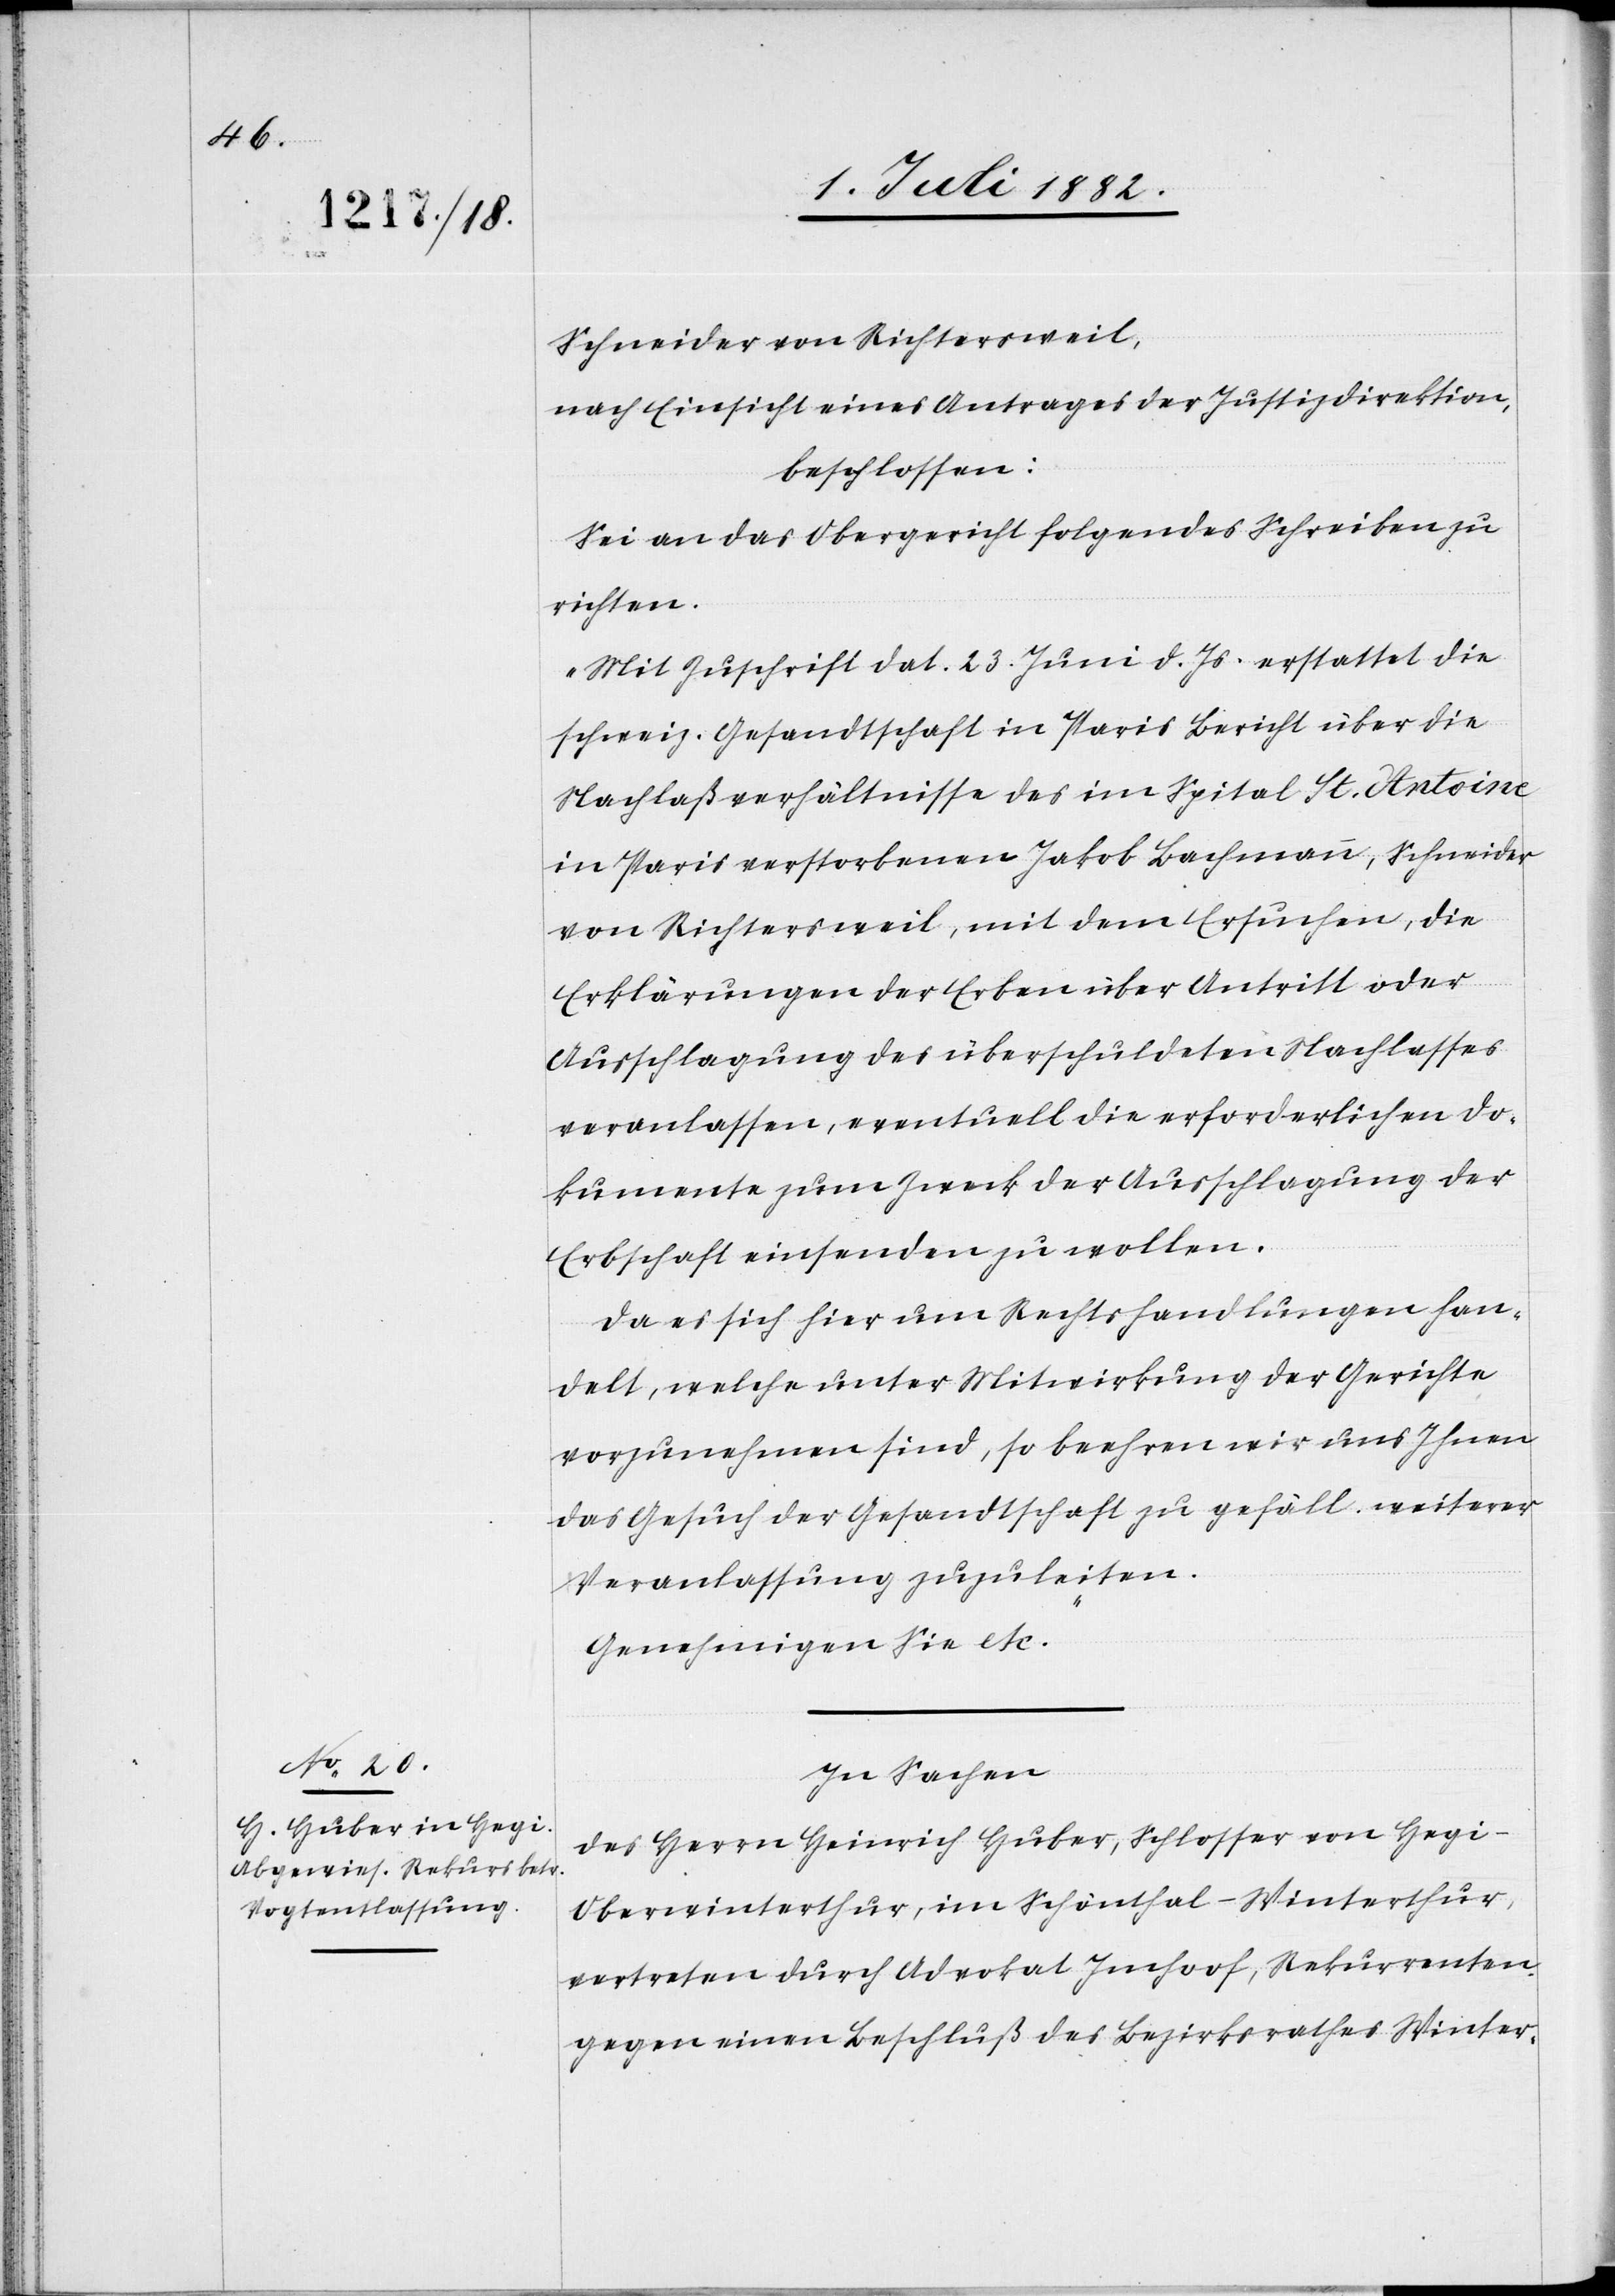
Schneider von Richtersweil,
nach Einsicht eines Antrages der Justizdirektion,
beschlossen:
Sei an das Obergericht folgendes Schreiben zu
richten:
„Mit Zuschrift dat. 23. Juni d. Js. erstattet die
schweiz. Gesandtschaft in Paris Bericht über die
Nachlaßverhältnisse des im Spital St. Antoine
in Paris verstorbenen Jakob Bachmann, Schneider
von Richtersweil, mit dem Ersuchen, die
Erklärungen der Erben über Antritt oder
Ausschlagung des überschuldeten Nachlasses
veranlassen, eventuell die erforderlichen Do¬
kumente zum Zweck der Ausschlagung der
Erbschaft einsenden zu wollen.
Da es sich hier um Rechtshandlungen han¬
delt, welche unter Mitwirkung der Gerichte
vorzunehmen sind, so beehren wir uns Ihnen
das Gesuch der Gesandtschaft zu gefäll. weiterer
Veranlassung zuzuleiten.
Genehmigen Sie etc.“
In Sachen
des Herrn Heinrich Huber, Schlosser von Hegi
Oberwinterthur, im Schönthal - Winterthur,
vertreten durch Advokat Imhoof, Rekurrenten
gegen einen Beschluß des Bezirksrathes Winter-